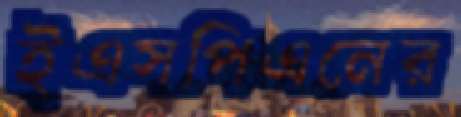
ইএসপিএনের